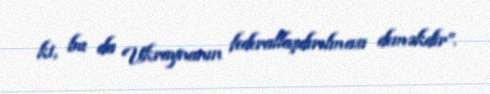
ki, bu da Ukraynanın federallaşdırılması deməkdir”.